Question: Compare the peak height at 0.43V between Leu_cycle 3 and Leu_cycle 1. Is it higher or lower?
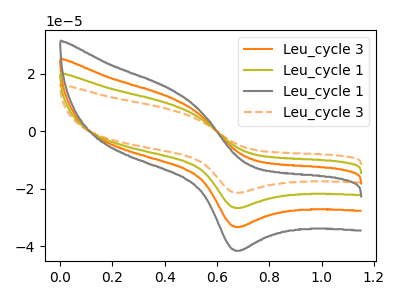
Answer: <think>The orange curve "Leu_cycle 3" has an anodic peak at (0.45V, 18.55uA) and a cathodic peak at (0.70V, -53.35uA). The olive curve "Leu_cycle 1" has an anodic peak at (0.45V, 9.25uA) and a cathodic peak at (0.70V, -26.70uA). The gray curve "Leu_cycle 1" has an anodic peak at (0.45V, 27.80uA) and a cathodic peak at (0.70V, -80.05uA). The orange dashed curve "Leu_cycle 3" has an anodic peak at (0.45V, 7.45uA) and a cathodic peak at (0.70V, -21.40uA).</think>
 <answer>The peak at 0.43V is lower in "Leu_cycle 3" than in "Leu_cycle 1".</answer>
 <eval>lower</eval>